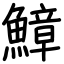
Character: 鱆